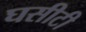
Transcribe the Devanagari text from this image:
घसीटी